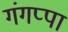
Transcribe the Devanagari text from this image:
गंगप्पा